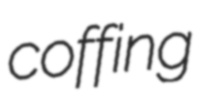
coffing